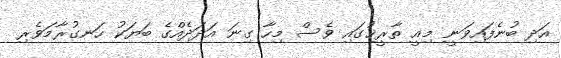
އަދި ބުނެފައިވަނީ މިއީ ތާރީޚުގައި ވެސް މިހާ ގިނަ އަދަދެއްގެ ބަޔަކު ހަނގުރާމަވެރި